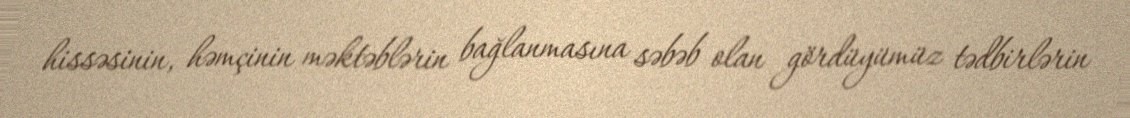
hissəsinin, həmçinin məktəblərin bağlanmasına səbəb olan gördüyümüz tədbirlərin